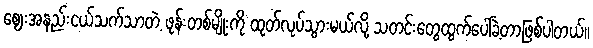
ဈေးအနည်းငယ်သက်သာတဲ့ ဖုန်းတစ်မျိုးကို ထုတ်လုပ်သွားမယ်လို့ သတင်းတွေထွက်ပေါ်ခဲ့တာဖြစ်ပါတယ်။